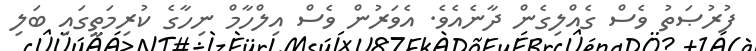
ފުރުޞަތު ވެސް ގެއްލިގެން ދާނެއެވެ. އެވަރުން ވެސް އިލްހާމް ނިހާގެ ކުރިމަތީގައި ބަލި